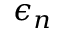
\epsilon _ { n }